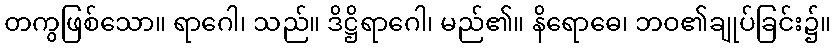
တကွဖြစ်သော။ ရာဂေါ၊ သည်။ ဒိဋ္ဌိရာဂေါ၊ မည်၏။ နိရောဓေ၊ ဘဝ၏ချုပ်ခြင်း၌။